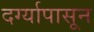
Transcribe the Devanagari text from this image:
दर्ग्यापासून